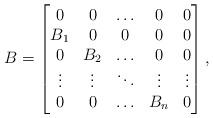
LaTeX: \begin{align*}B=\begin{bmatrix}0 & 0 & \ldots & 0 & 0 \\B_{1} & 0 & 0 & 0 & 0 \\0 & B_{2}& \ldots & 0 & 0 \\\vdots & \vdots & \ddots & \vdots & \vdots\\0 & 0 & \ldots & B_{n} & 0 \end{bmatrix},\end{align*}